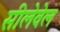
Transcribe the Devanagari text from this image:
सीलेवेल